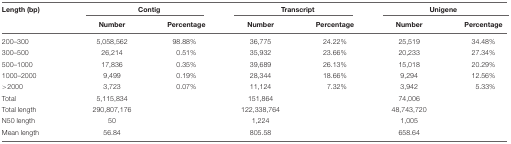
<table><thead><tr><td><b>Length (bp)</b></td><td colspan="2"><b>Contig</b></td><td colspan="2"><b>Transcript</b></td><td colspan="2"><b>Unigene</b></td></tr><tr><td></td><td><b>Number</b></td><td><b>Percentage</b></td><td><b>Number</b></td><td><b>Percentage</b></td><td><b>Number</b></td><td><b>Percentage</b></td></tr></thead><tbody><tr><td>200–300</td><td>5,058,562</td><td>98.88%</td><td>36,775</td><td>24.22%</td><td>25,519</td><td>34.48%</td></tr><tr><td>300–500</td><td>26,214</td><td>0.51%</td><td>35,932</td><td>23.66%</td><td>20,233</td><td>27.34%</td></tr><tr><td>500–1000</td><td>17,836</td><td>0.35%</td><td>39,689</td><td>26.13%</td><td>15,018</td><td>20.29%</td></tr><tr><td>1000–2000</td><td>9,499</td><td>0.19%</td><td>28,344</td><td>18.66%</td><td>9,294</td><td>12.56%</td></tr><tr><td>&gt;2000</td><td>3,723</td><td>0.07%</td><td>11,124</td><td>7.32%</td><td>3,942</td><td>5.33%</td></tr><tr><td>Total</td><td>5,115,834</td><td></td><td>151,864</td><td></td><td>74,006</td><td></td></tr><tr><td>Total length</td><td>290,807,176</td><td></td><td>122,338,764</td><td></td><td>48,743,720</td><td></td></tr><tr><td>N50 length</td><td>50</td><td></td><td>1,224</td><td></td><td>1,005</td><td></td></tr><tr><td>Mean length</td><td>56.84</td><td></td><td>805.58</td><td></td><td>658.64</td><td></td></tr></tbody></table>